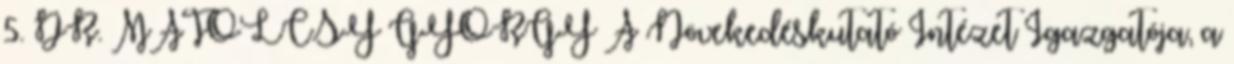
5. DR. MATOLCSY GYÖRGY A Növekedéskutató Intézet Igazgatója, a